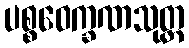
ပစ္စဝေက္ခဏသုတ္တ